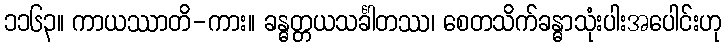
၁၁၆၃။ ကာယဿာတိ-ကား။ ခန္ဓတ္တယသင်္ခါတဿ၊ စေတသိက်ခန္ဓာသုံးပါးအပေါင်းဟု